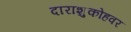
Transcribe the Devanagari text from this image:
दाराशुकोहवर